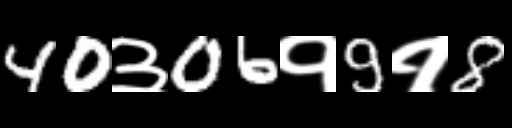
Text: 40३06१9१8